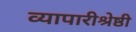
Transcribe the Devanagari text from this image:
व्यापारीश्रेष्ठी